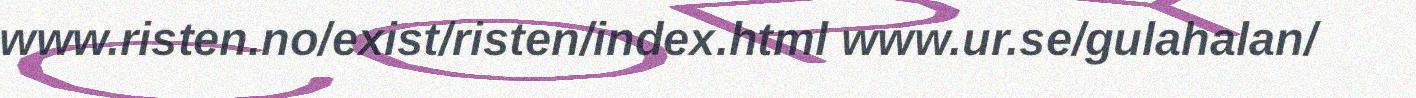
www.risten.no/exist/risten/index.html www.ur.se/gulahalan/